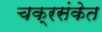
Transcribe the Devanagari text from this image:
चक्रसंकेत